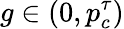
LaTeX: g\in(0,p_{c}^{\tau})